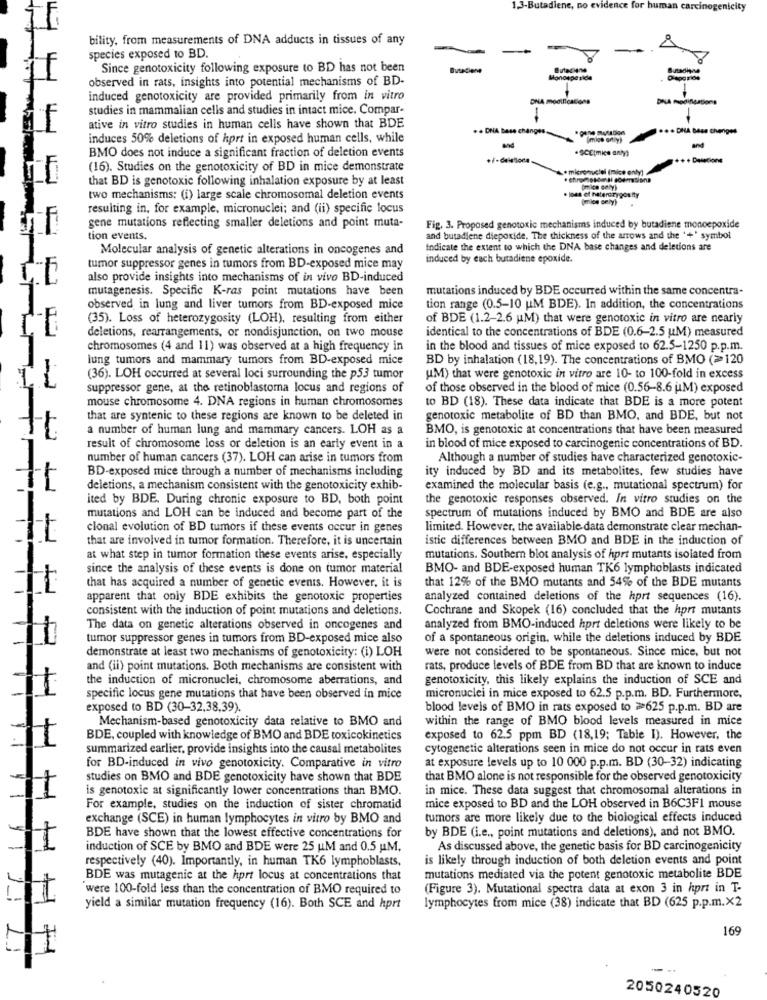
1.3-Butadiene, no evidence for human carcinogenicity
bility, from measurements of DNA adducts in tissues of any
-
species exposed to BD.
Since genotoxicity following exposure to BD has not been
if
observed in rats, insights into potential mechanisms of BD-
=
induced genotoxicity are provided primarily from in vitro
studies in mammalian cells and studies in intact mice. Compar-
ative in vitro studies in human cells have shown that BDE
.. DNA Base ch
... DHA bess Chenges
induces 50% deletions of hprt in exposed human cells, while
(mios only)
BMO does not induce a significant fraction of deletion events
.SCEtmice anty)
+++ Dasscions
(16). Studies on the genotoxicity of BD in mice demonstrate
that BD is genotoxic following inhalation exposure by at least
pmice cely)
two mechanisms: (i) large scale chromosomal deletion events
. loss of heterdrygos fly
(mics cely)
resulting in, for example, micronuclei; and (ii) specific locus
gene mutations reflecting smaller deletions and point muta-
Fig. 3. Proposed genotoxic mechanisms induced by butadiene monoepoxide
tion events.
and butadiene dieporide, The thickness of the arrows and the '+' symbol
Molecular analysis of genetic alterations in oncogenes and
Indicate the extent to which the DNA base changes and deletions are
induced by each butadiene epoxide.
tumor suppressor genes in tumors from BD-exposed mice may
also provide insights into mechanisms of in vivo BD-induced
mutagenesis. Specific K-ras point mutations have been
mutations induced by BDE occurred within the same concentra-
observed in lung and liver tumors from BD-exposed mice
tion range (0.5-10 UM BDE). In addition, the concentrations
(35). Loss of heterozygosity (LOH), resulting from either
of BDE (1.2-2.6 M) that were genotoxic in vitro are nearly
identical to the concentrations of BDE (0.6-2.5 uM) measured
CE
deletions, rearrangements, or nondisjunction, on two mouse
chromosomes (4 and 11) was observed at a high frequency in
in the blood and tissues of mice exposed to 62.5-1250 p.p.m.
1
lung tumors and mammary tumors from BD-exposed mice
BD by inhalation (18,19). The concentrations of BMO (>120
(36). LOH occurred at several loci surrounding the p53 tumor
UM) that were genotoxic in vitro are 10- to 100-fold in excess
suppressor gene, at the retinoblastoma locus and regions of
of those observed in the blood of mice (0.56-8.6 M) exposed
mouse chromosome 4. DNA regions in human chromosomes
to BD (18). These data indicate that BDE is a more potent
that are syntenic to these regions are known to be deleted in
genotoxic metabolite of BD than BMO, and BDE, but not
a number of human lung and mammary cancers. LOH as a
BMO, is genotoxic at concentrations that have been measured
result of chromosome loss or deletion is an early event in a
in blood of mice exposed to carcinogenic concentrations of BD.
number of human cancers (37). LOH can arise in tumors from
Although a number of studies have characterized genotoxic-
BD-exposed mice through a number of mechanisms including
ity induced by BD and its metabolites, few studies have
deletions, a mechanism consistent with the genotoxicity exhib-
examined the molecular basis (e.g ., mutational spectrum) for
ited by BDE. During chronic exposure to BD, both point
the genotoxic responses observed. In vitro studies on the
mutations and LOH can be induced and become part of the
spectrum of mutations induced by BMO and BDE are also
clonal evolution of BD tumors if these events occur in genes
limited. However, the available data demonstrate clear mechan-
that are involved in tumor formation. Therefore, it is uncertain
istic differences between BMO and BDE in the induction of
at what step in tumor formation these events arise, especially
mutations. Southern blot analysis of hprt mutants isolated from
since the analysis of these events is done on tumor material
BMO- and BDE-exposed human TK6 lymphoblasts indicated
that has acquired a number of genetic events. However, it is
that 12% of the BMO mutants and 54% of the BDE mutants
apparent that only BDE exhibits the genotoxic properties
analyzed contained deletions of the hprt sequences (16).
consistent with the induction of point mutations and deletions.
Cochrane and Skopek (16) concluded that the hprt mutants
The data on genetic alterations observed in oncogenes and
analyzed from BMO-induced hprt deletions were likely to be
tumor suppressor genes in tumors from BD-exposed mice also
of a spontaneous origin, while the deletions induced by BDE
were not considered to be spontaneous. Since mice, but not
demonstrate at least two mechanisms of genotoxicity: (i) LOH
and (ii) point mutations. Both mechanisms are consistent with
rats, produce levels of BDE from BD that are known to induce
the induction of micronuclei, chromosome aberrations, and
genotoxicity, this likely explains the induction of SCE and
specific locus gene mutations that have been observed in mice
micronuclei in mice exposed to 62.5 p.p.m. BD. Furthermore,
exposed to BD (30-32,38,39).
blood leveis of BMO in rats exposed to >625 p.p.m. BD are
Mechanism-based genotoxicity data relative to BMO and
within the range of BMO blood levels measured in mice
1
BDE, coupled with knowledge of BMO and BDE toxicokinetics
exposed to 62.5 ppm BD (18,19; Table I). However, the
summarized earlier, provide insights into the causal metabolites
cytogenetic alterations seen in mice do not occur in rats even
for BD-induced in vivo genotoxicity. Comparative in vitro
at exposure levels up to 10 000 p.p.m. BD (30-32) indicating
studies on BMO and BDE genotoxicity have shown that BDE
that BMO alone is not responsible for the observed genotoxicity
is genotoxic at significantly lower concentrations than BMO.
in mice. These data suggest that chromosomal alterations in
11
1
For example, studies on the induction of sister chromatid
mice exposed to BD and the LOH observed in B6C3F1 mouse
exchange (SCE) in human lymphocytes in vitro by BMO and
tumors are more likely due to the biological effects induced
BDE have shown that the lowest effective concentrations for
by BDE (i.e ., point mutations and deletions), and not BMO.
induction of SCE by BMO and BDE were 25 UM and 0.5 uM.
As discussed above, the genetic basis for BD carcinogenicity
respectively (40). Importantly, in human TK6 lymphoblasts,
is likely through induction of both deletion events and point
BDE was mutagenic at the hprt locus at concentrations that
mutations mediated via the potent genotoxic metabolite BDE
were 100-fold less than the concentration of BMO required to
(Figure 3). Mutational spectra data at exon 3 in hprt in T-
yield a similar mutation frequency (16). Both SCE and hprt
lymphocytes from mice (38) indicate that BD (625 p.p.m.x2
169
2050240520